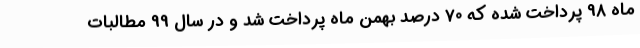
ماه 98 پرداخت شده که 70 درصد بهمن ماه پرداخت شد و در سال 99 مطالبات